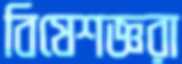
বিষেশজ্ঞরা